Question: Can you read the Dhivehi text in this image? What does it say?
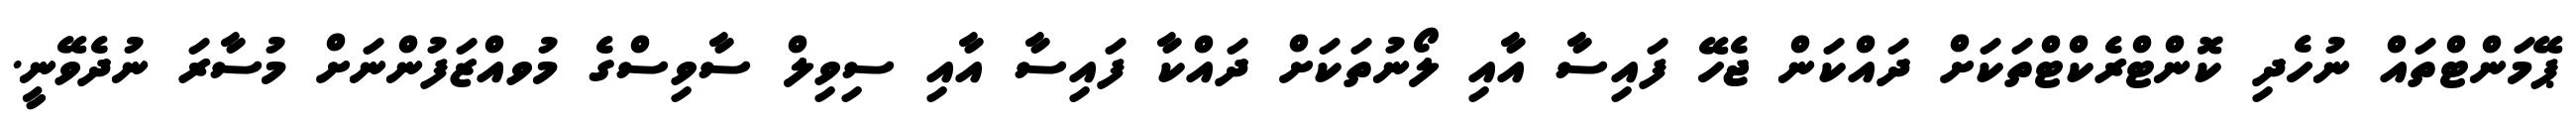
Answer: ޕޭމަންޓްތައް ނުހެދި ކޮންޓްރެކްޓްތަކަށް ދައްކަން ޖެހޭ ފައިސާ އާއި ލޯނުތަކަށް ދައްކާ ފައިސާ އާއި ސިވިލް ސާވިސްގެ މުވއްޒަފުންނަށް މުސާރަ ނުދެވޭނީ.